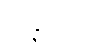
သန္နိပါတော